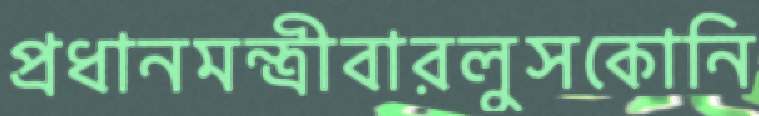
প্রধানমন্ত্রীবারলুসকোনি